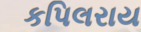
કપિલરાય